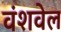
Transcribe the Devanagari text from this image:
वंशवेल